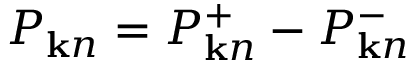
P _ { { \bf k } n } = P _ { { \bf k } n } ^ { + } - P _ { { \bf k } n } ^ { - }